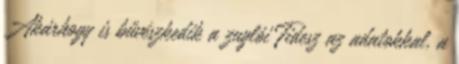
Akárhogy is bűvészkedik a zuglói Fidesz az adatokkal, a